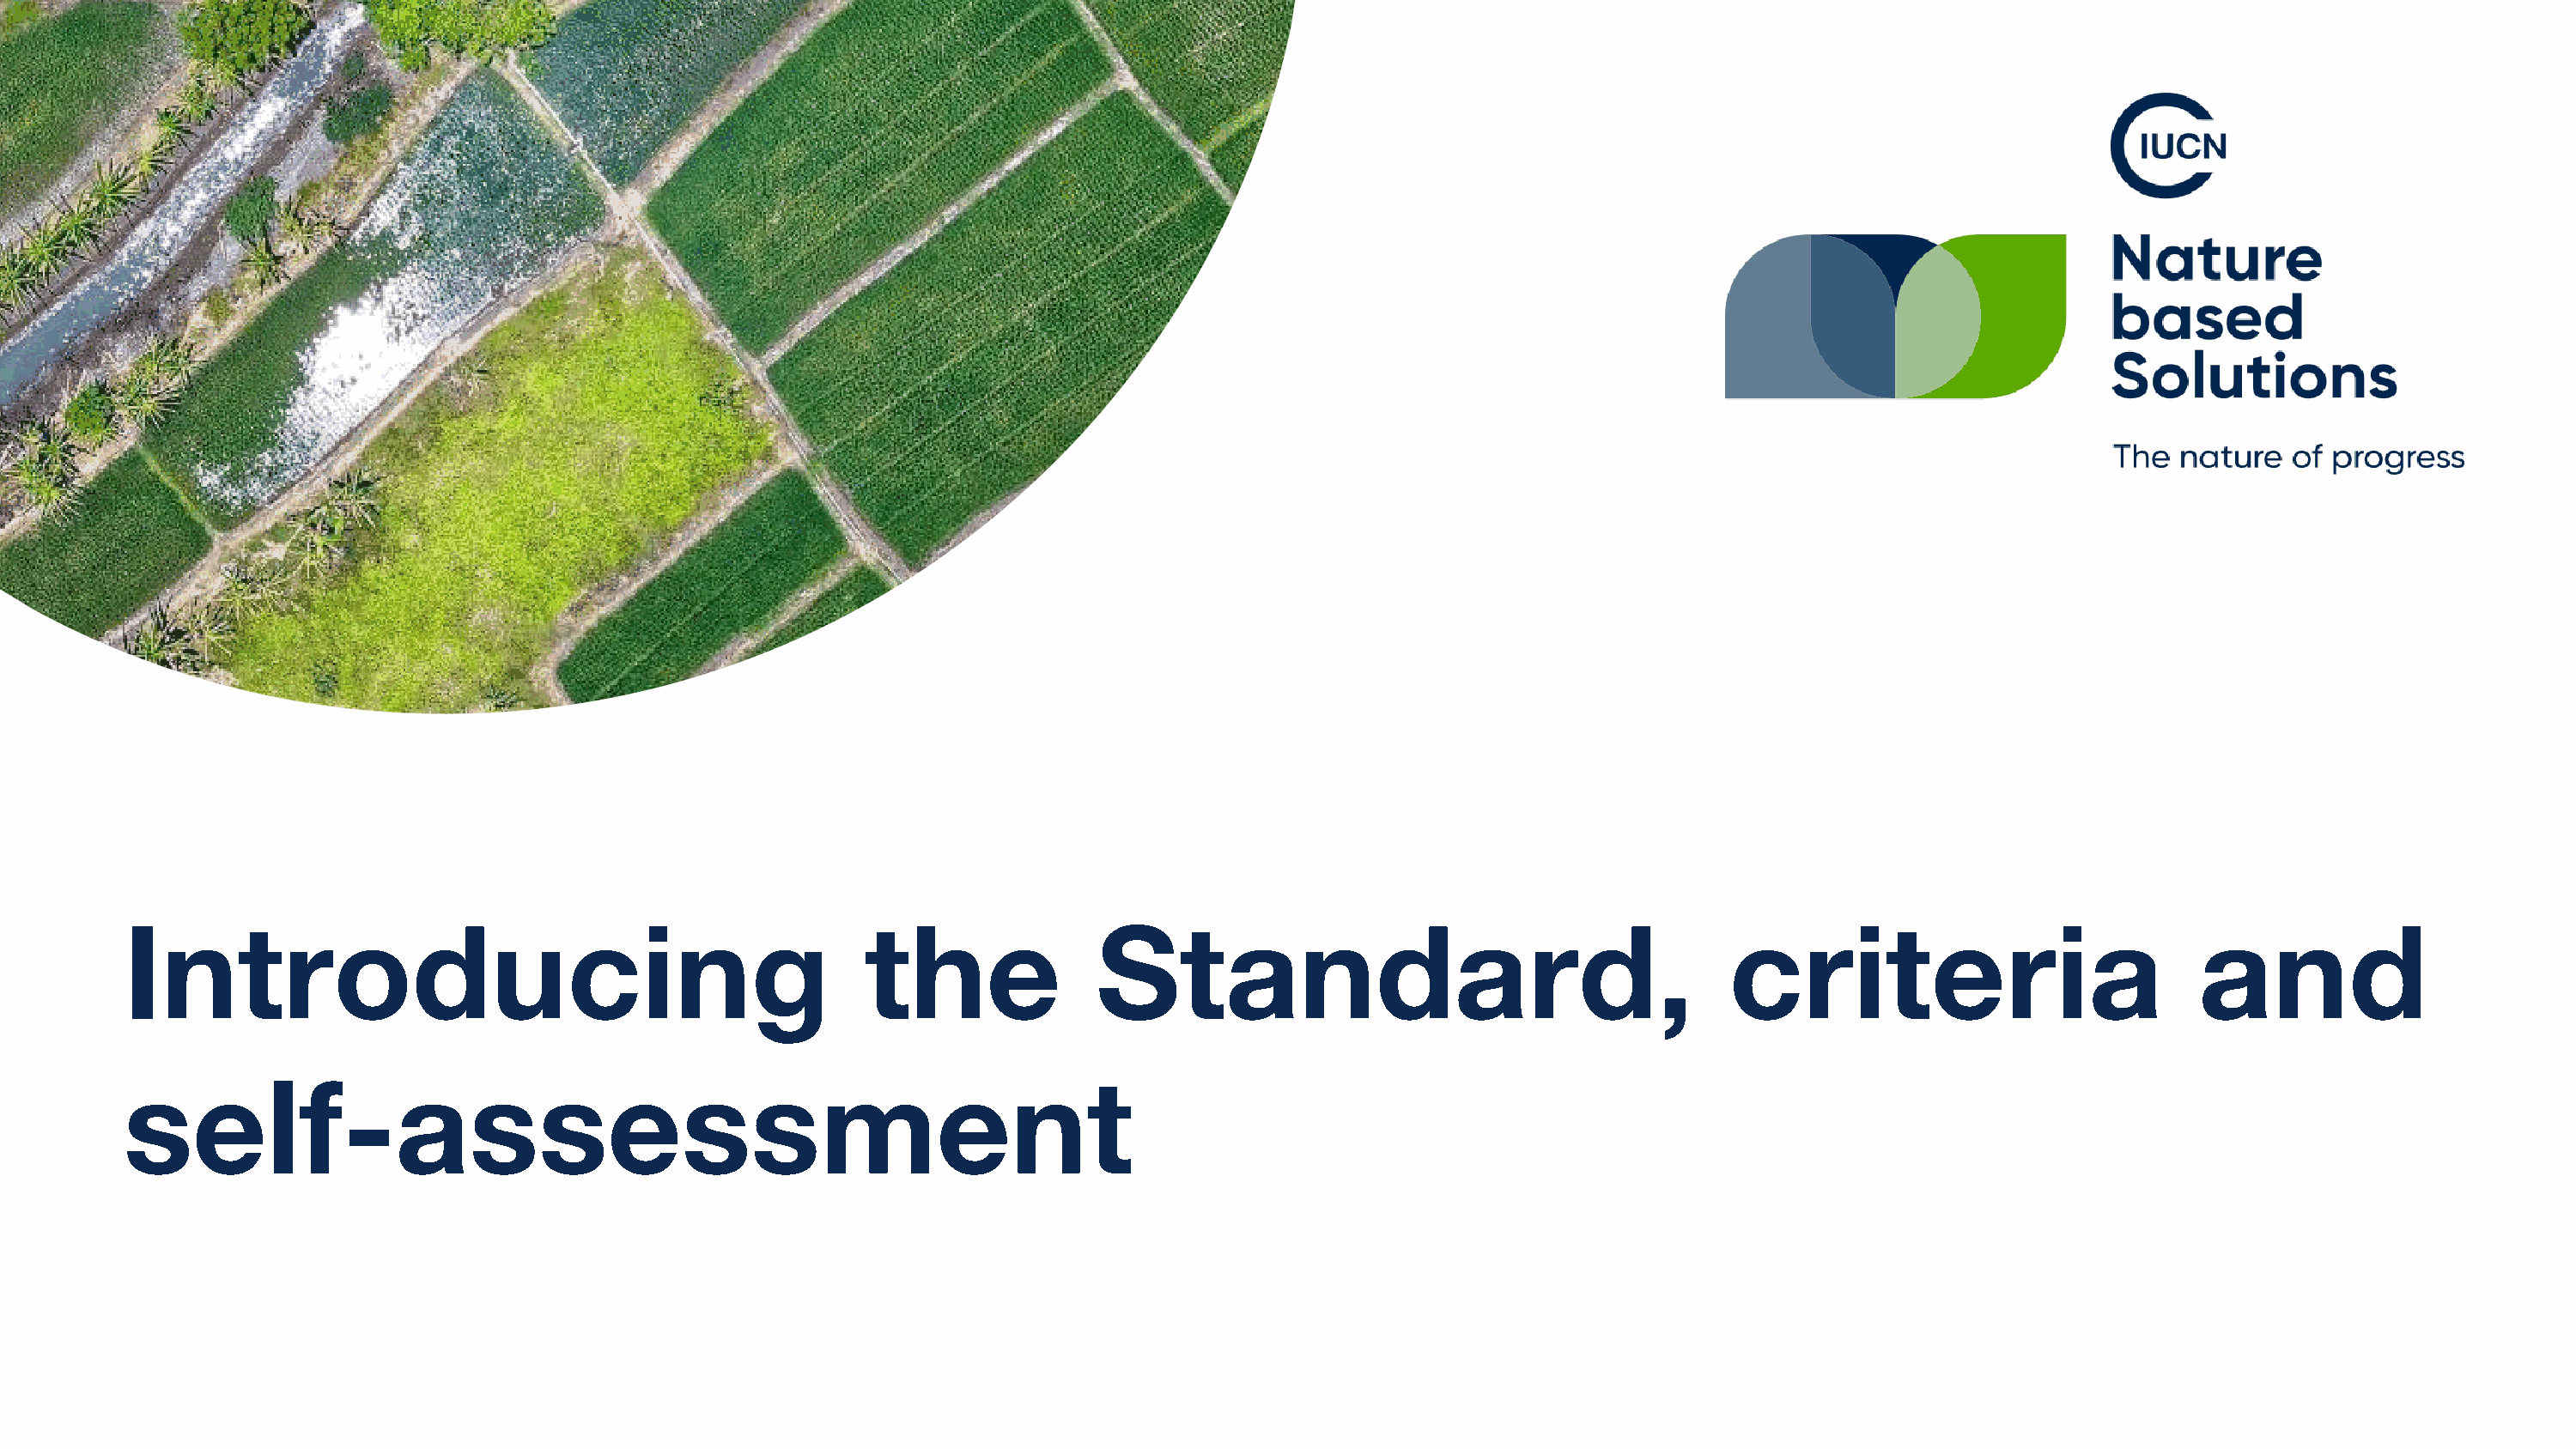
Introducing                                              the               Standard,                                       criteria                             and
 self-assessment